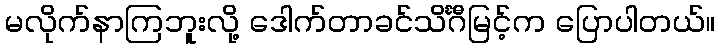
မလိုက်နာကြဘူးလို့ ဒေါက်တာခင်သိင်္ဂီမြင့်က ပြောပါတယ်။